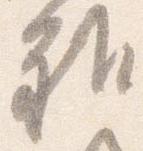
雅